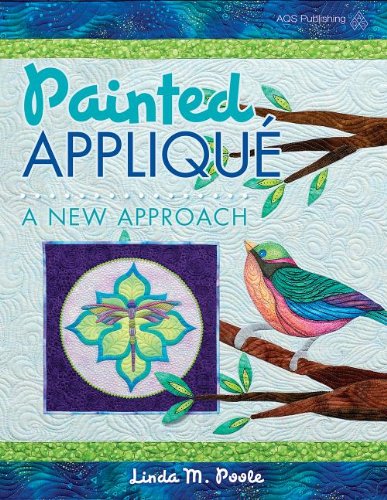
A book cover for Painted Applique: A New Approach; Linda M. Poole; Crafts, Hobbies & Home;